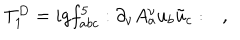
T _ { 1 } ^ { D } = i g f _ { a b c } ^ { 5 } : \partial _ { \nu } A _ { a } ^ { \nu } u _ { b } \tilde { u } _ { c } : \quad ,